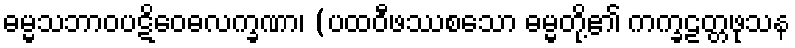
ဓမ္မသဘာဝပဋိဝေဓလက္ခဏာ၊ (ပထဝီဖဿစသော ဓမ္မတို့၏ ကက္ခဠတ္တဖုသန